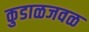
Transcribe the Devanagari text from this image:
कुडाळजवळ